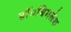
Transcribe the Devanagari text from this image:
डॉ०बिमलेश